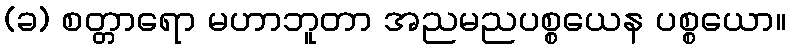
(ခ) စတ္တာရော မဟာဘူတာ အညမညပစ္စယေန ပစ္စယော။